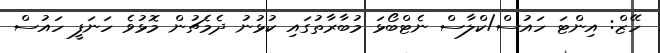
ހޭޒް: އިންޓަ ހައުސް/ކްލާސް ނެޓްބޯޅަ މުބާރާތުގައި ކުޅުނު ދެމެޗުން މޮޅުވެ ހަނަފީ ހައުސް